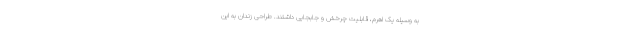
به وسیله یک اهرم، قابلیت چرخش و جابجایی داشتند. طراحی زندان به این